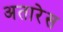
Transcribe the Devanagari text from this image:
अतारेस